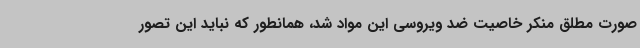
صورت مطلق منکر خاصیت ضد ویروسی این مواد شد، همانطور که نباید این تصور